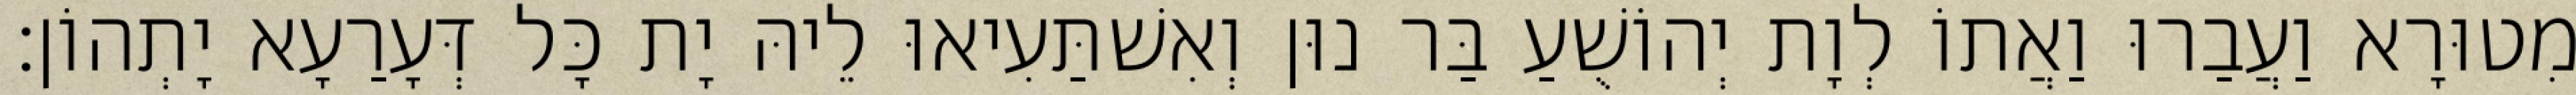
מִטוּרָא וַעֲבַרוּ וַאֲתוֹ לְוָת יְהוֹשֻׁעַ בַּר נוּן וְאִשׁתַּעִיאוּ לֵיהּ יָת כָּל דְּעָרַעָא יָתְהוֹן׃